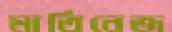
মার্তিনেজ